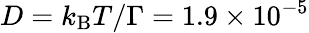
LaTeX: D=k_{\mathrm{B}}T/\Gamma=1.9\times 10^{-5}